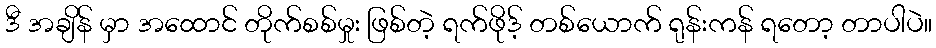
ဒီ အချိန် မှာ အထောင် တိုက်စစ်မှုး ဖြစ်တဲ့ ရက်ဖိုဒ့် တစ်ယောက် ရုန်းကန် ရတော့ တာပါပဲ။